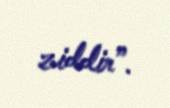
ziddir”.